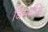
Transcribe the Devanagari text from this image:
विमर्शकि